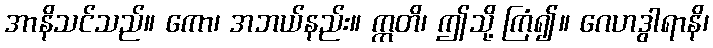
အာနိသင်သည်။ ကော၊ အဘယ်နည်း။ ဣတိ၊ ဤသို့ ကြံ၍။ ဂေဟဒွါရာနိ၊